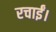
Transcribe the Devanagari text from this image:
रचाईं।